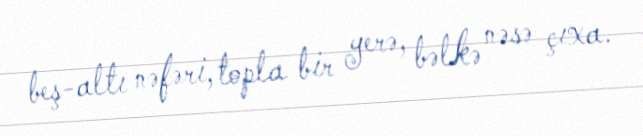
beş-altı nəfəri, topla bir yerə, bəlkə nəsə çıxa.